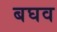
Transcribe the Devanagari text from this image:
बघव